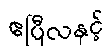
ဧပြီလနှင့်